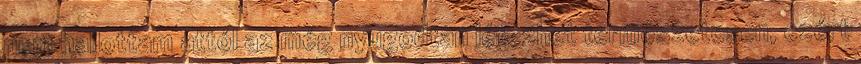
nem hallottam attól az még nyugodtan létezhet természetesen, ezért